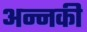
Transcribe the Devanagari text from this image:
अन्नकी